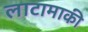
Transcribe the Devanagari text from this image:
लाटामाकी